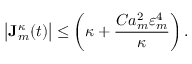
\bigl | \mathbf { J } _ { m } ^ { \kappa } ( t ) \bigr | \leq \biggl ( \kappa + \frac { C a _ { m } ^ { 2 } \varepsilon _ { m } ^ { 4 } } { \kappa } \biggr ) \, .